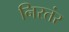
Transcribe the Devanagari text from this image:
निरतंर